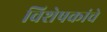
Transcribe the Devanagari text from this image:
विशेषकांचे